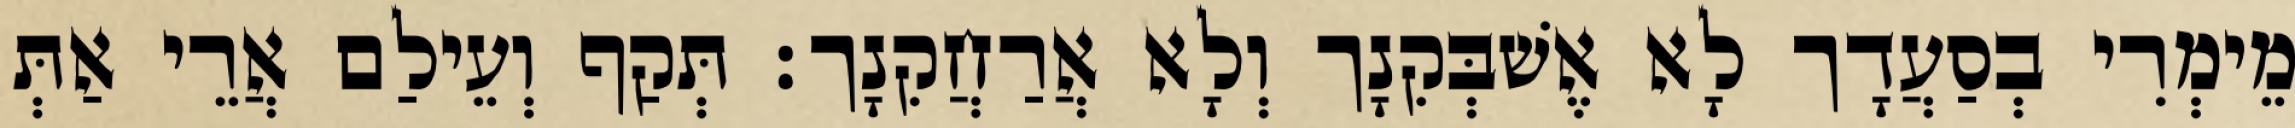
מֵימְרִי בְסַעֲדָך לָא אֶשׁבְּקִנָך וְלָא אֲרַחֲקִנָך׃ תְּקַף וְעֵילַם אֲרֵי אַתְּ